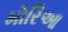
મોરિઆ